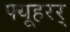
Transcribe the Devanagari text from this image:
फ्यूहरर्